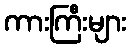
ကားကြီးများ